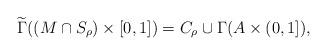
LaTeX: \begin{align*} \widetilde{\Gamma}((M \cap S_\rho) \times [0,1]) = C_\rho \cup \Gamma(A \times (0,1]),\end{align*}